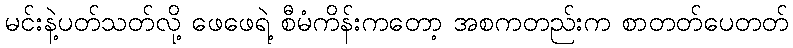
မင်းနဲ့ပတ်သတ်လို့ ဖေဖေရဲ့ စီမံကိန်းကတော့ အစကတည်းက စာတတ်ပေတတ်